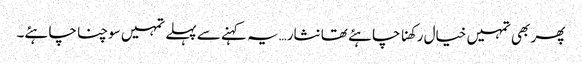
پھر بھی تمہیں خیال رکھنا چاہئے تھا نثار…یہ کہنے سے پہلے تمہیں سوچنا چاہئے۔